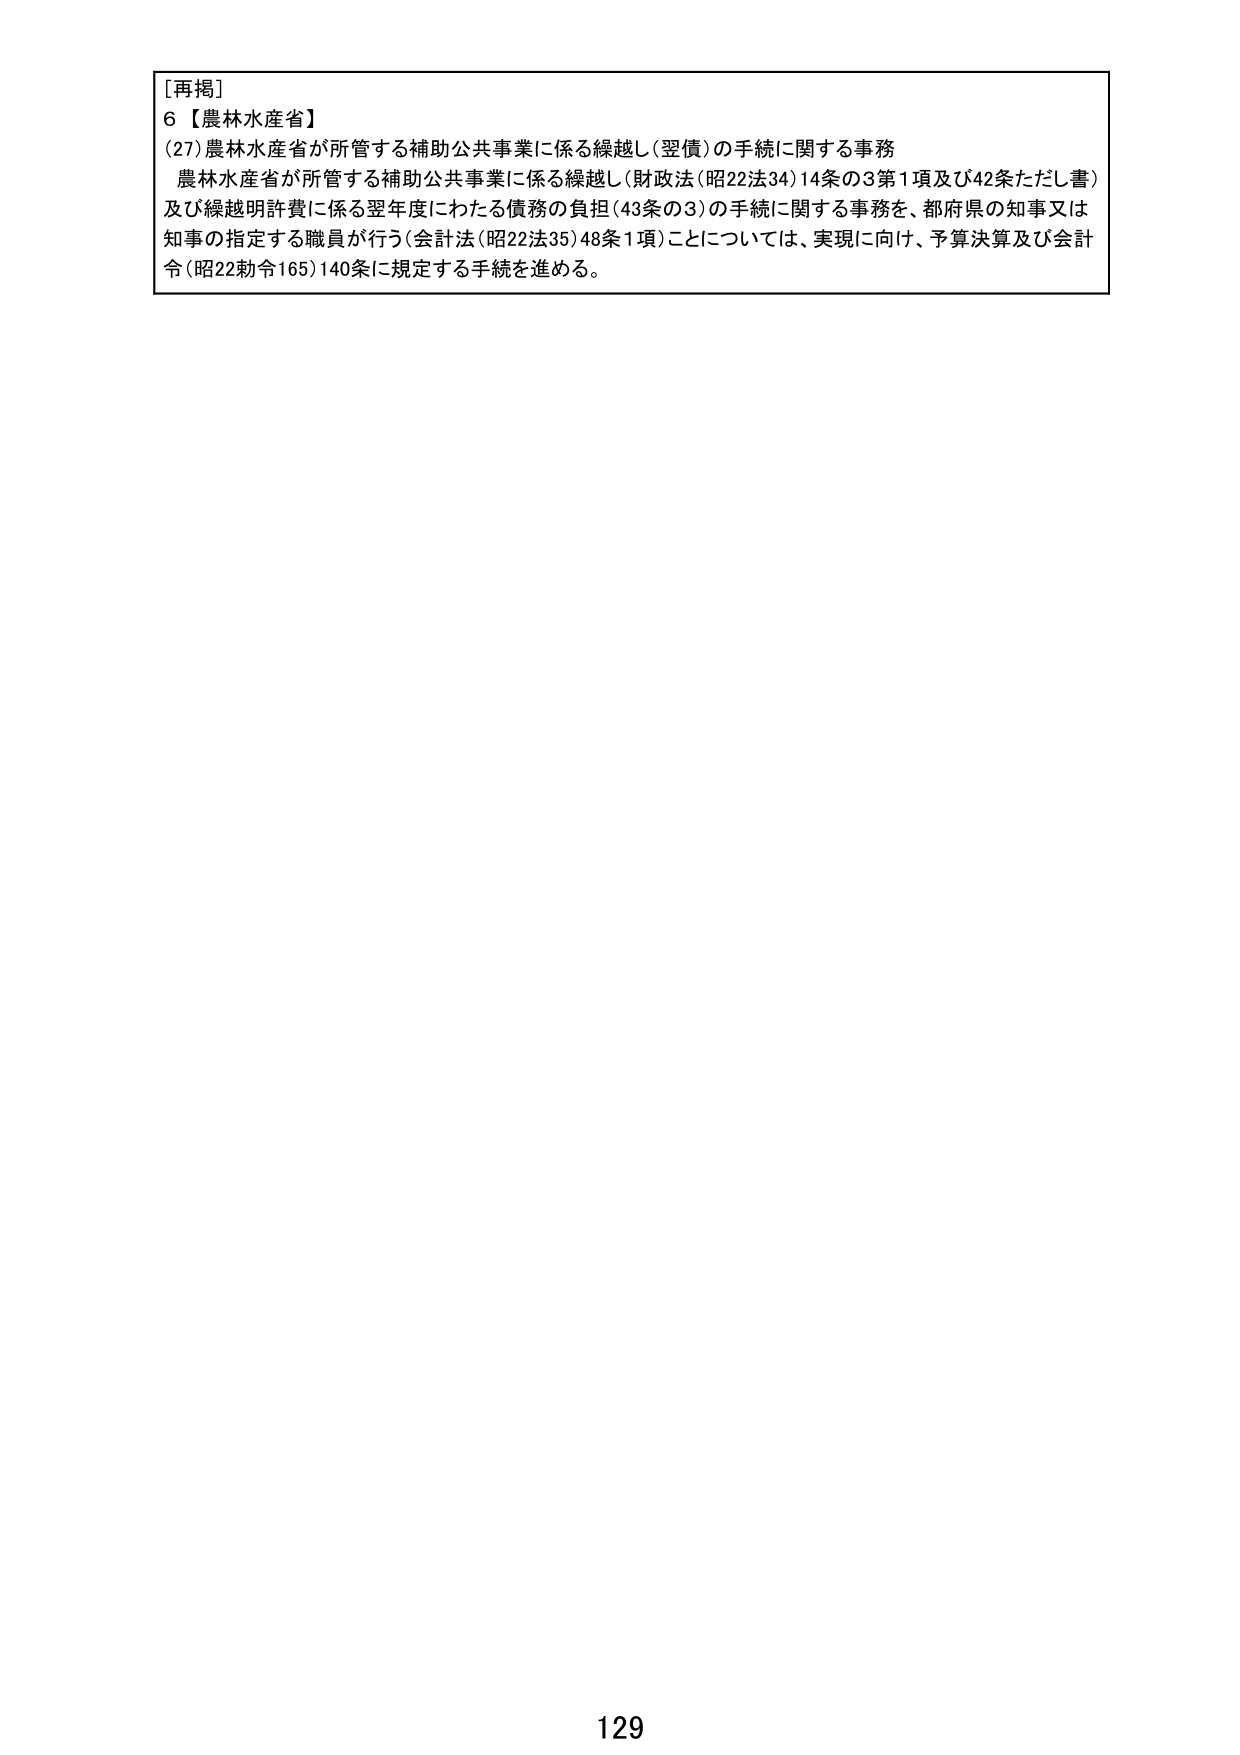
[再掲]
6【農林水産省】
(27)農林水産省が所管する補助公共事業に係る繰越し(翌債)の手続に関する事務
農林水産省が所管する補助公共事業に係る繰越し(財政法(昭22法34)14条の3第1項及び42条ただし書)
及び繰越明許費に係る翌年度にわたる債務の負担(43条の3)の手続に関する事務を、都府県の知事又は
知事の指定する職員が行う(会計法(昭22法35)48条1項)ことについては、実現に向け、予算決算及び会計
令(昭22勅令165)140条に規定する手続を進める。
129